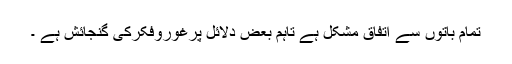
تمام باتوں سے اتفاق مشکل ہے تاہم بعض دلائل پرغوروفکرکی گنجائش ہے ۔